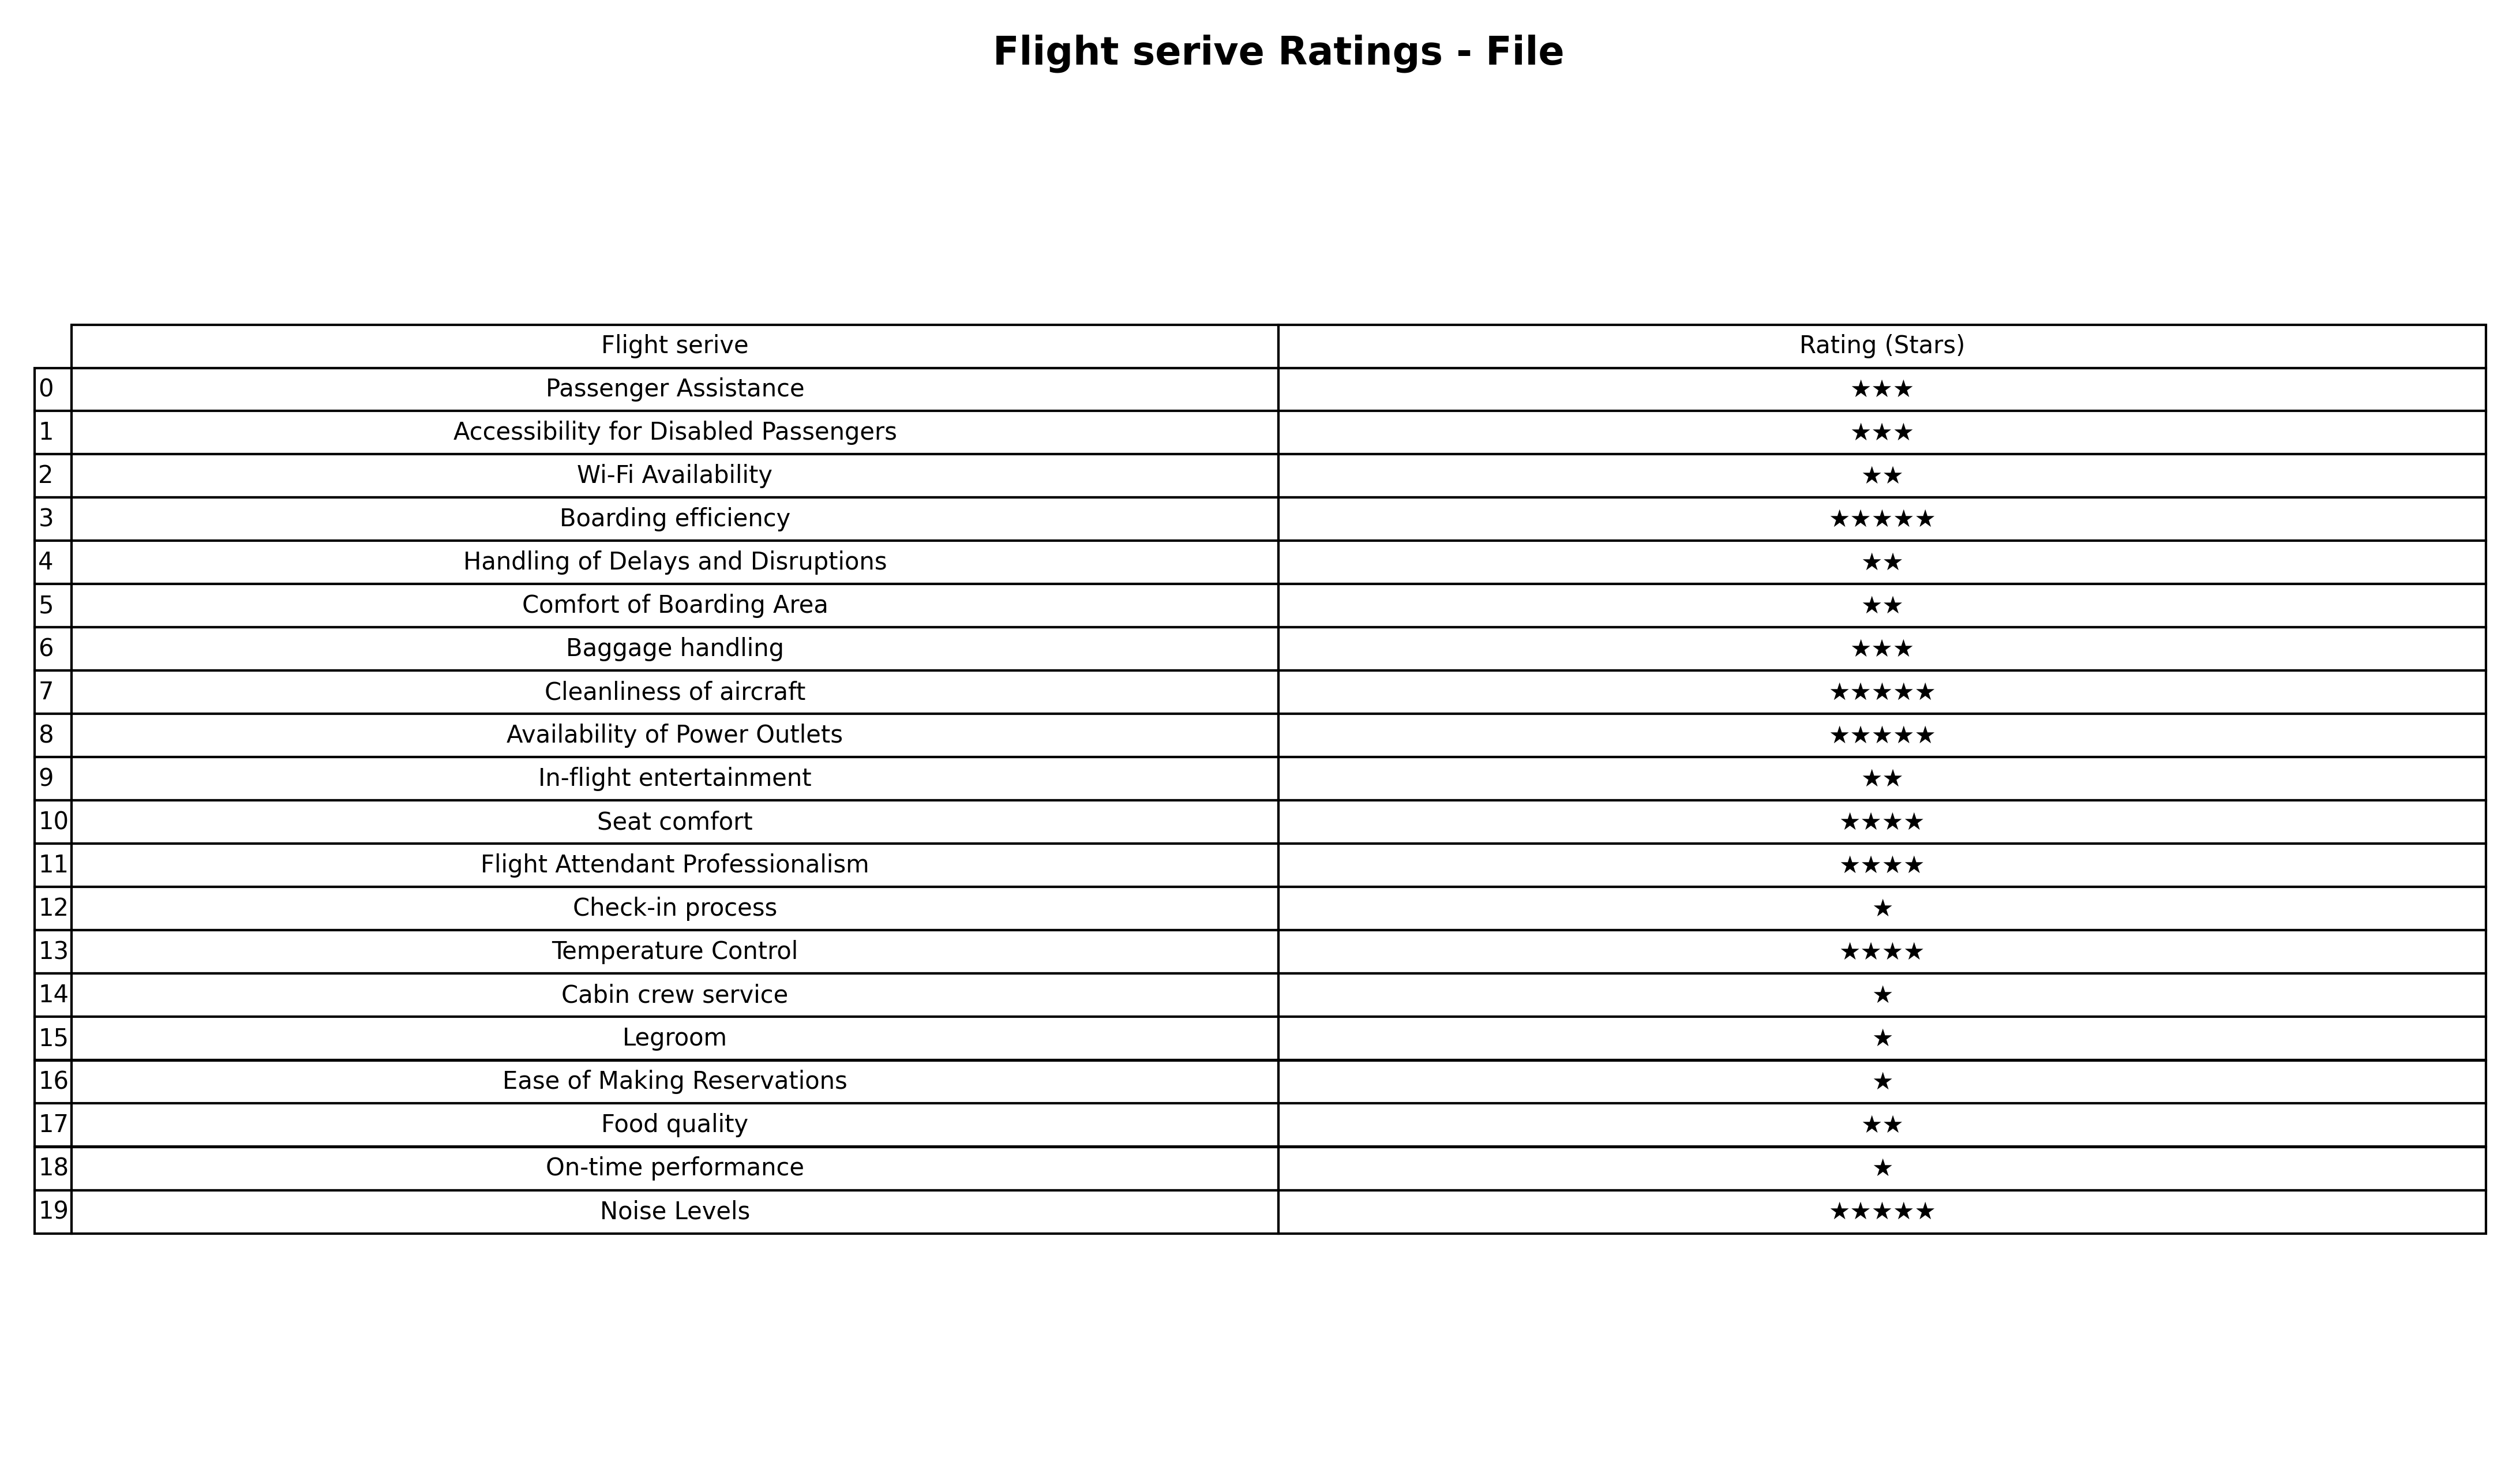
question: What are five star services?
answer: Boarding efficiencyCleanliness of aircraftAvailability of Power OutletsNoise Levels